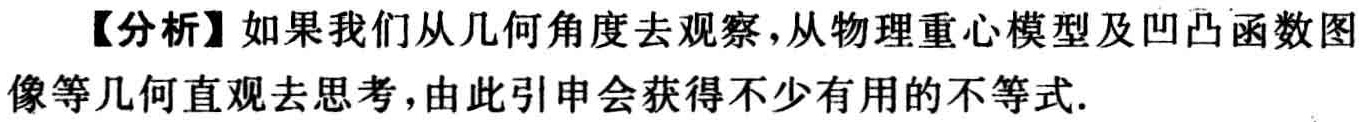
【分析】如果我们从几何角度去观察，从物理重心模型及凹凸函数图像等几何直观去思考，由此引申会获得不少有用的不等式.